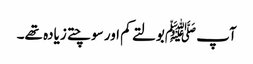
آپ ﷺبولتے کم اور سوچتے زیادہ تھے۔